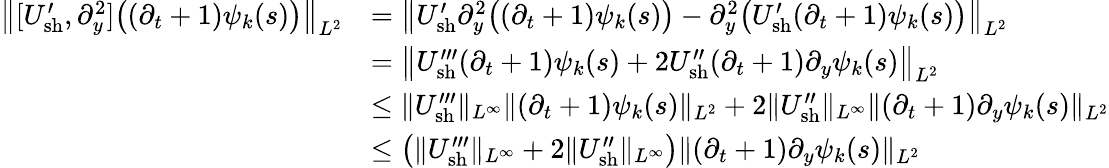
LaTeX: \begin{array}{rl}{\big\| [U_{\mathrm{sh}}^{\prime},\partial_{y}^{2}]\big((\partial_{t}+1)\psi_{k}(s)\big)\big\| _{L^{2}}}&{=\big\| U_{\mathrm{sh}}^{\prime}\partial_{y}^{2}\big((\partial_{t}+1)\psi_{k}(s)\big)-\partial_{y}^{2}\big(U_{\mathrm{sh}}^{\prime}(\partial_{t}+1)\psi_{k}(s)\big)\big\| _{L^{2}}}\\ &{=\big\| U_{\mathrm{sh}}^{\prime\prime\prime}(\partial_{t}+1)\psi_{k}(s)+2U_{\mathrm{sh}}^{\prime\prime}(\partial_{t}+1)\partial_{y}\psi_{k}(s)\big\| _{L^{2}}}\\ &{\leq\| U_{\mathrm{sh}}^{\prime\prime\prime}\| _{L^{\infty}}\| (\partial_{t}+1)\psi_{k}(s)\| _{L^{2}}+2\| U_{\mathrm{sh}}^{\prime\prime}\| _{L^{\infty}}\| (\partial_{t}+1)\partial_{y}\psi_{k}(s)\| _{L^{2}}}\\ &{\leq\big(\| U_{\mathrm{sh}}^{\prime\prime\prime}\| _{L^{\infty}}+2\| U_{\mathrm{sh}}^{\prime\prime}\| _{L^{\infty}}\big)\| (\partial_{t}+1)\partial_{y}\psi_{k}(s)\| _{L^{2}}}\end{array}